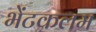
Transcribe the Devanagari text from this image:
भेंटकलम